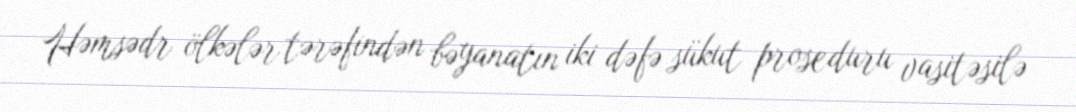
Həmsədr ölkələr tərəfindən bəyanatın iki dəfə sükut proseduru vasitəsilə